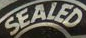
SEALED